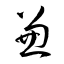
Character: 兼